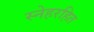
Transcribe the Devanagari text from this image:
स्नेहरहित